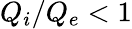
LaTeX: Q_{i}/Q_{e}<1